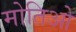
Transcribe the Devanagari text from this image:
मोतिओ